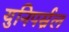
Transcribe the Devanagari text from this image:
युनिपर्स्नल